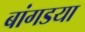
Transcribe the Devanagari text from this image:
बांगडया